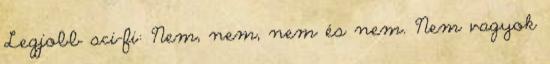
Legjobb sci-fi: Nem, nem, nem és nem. Nem vagyok